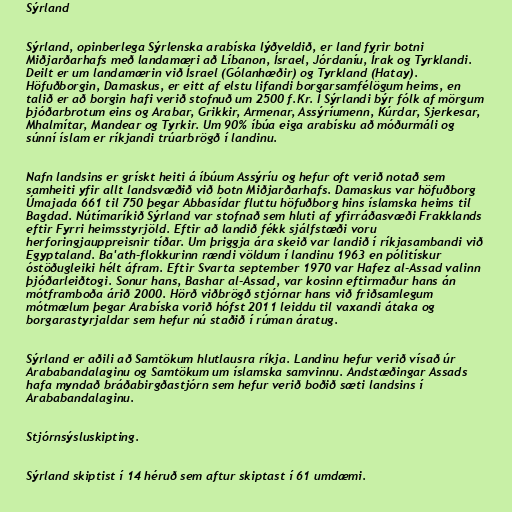
Sýrland

Sýrland, opinberlega Sýrlenska arabíska lýðveldið, er land fyrir botni
Miðjarðarhafs með landamæri að Líbanon, Ísrael, Jórdaníu, Írak og Tyrklandi.
Deilt er um landamærin við Ísrael (Gólanhæðir) og Tyrkland (Hatay).
Höfuðborgin, Damaskus, er eitt af elstu lifandi borgarsamfélögum heims, en
talið er að borgin hafi verið stofnuð um 2500 f.Kr. Í Sýrlandi býr fólk af mörgum
þjóðarbrotum eins og Arabar, Grikkir, Armenar, Assýríumenn, Kúrdar, Sjerkesar,
Mhalmítar, Mandear og Tyrkir. Um 90% íbúa eiga arabísku að móðurmáli og
súnní íslam er ríkjandi trúarbrögð í landinu.

Nafn landsins er grískt heiti á íbúum Assýríu og hefur oft verið notað sem
samheiti yfir allt landsvæðið við botn Miðjarðarhafs. Damaskus var höfuðborg
Úmajada 661 til 750 þegar Abbasídar fluttu höfuðborg hins íslamska heims til
Bagdad. Nútímaríkið Sýrland var stofnað sem hluti af yfirráðasvæði Frakklands
eftir Fyrri heimsstyrjöld. Eftir að landið fékk sjálfstæði voru
herforingjauppreisnir tíðar. Um þriggja ára skeið var landið í ríkjasambandi við
Egyptaland. Ba'ath-flokkurinn rændi völdum í landinu 1963 en pólitískur
óstöðugleiki hélt áfram. Eftir Svarta september 1970 var Hafez al-Assad valinn
þjóðarleiðtogi. Sonur hans, Bashar al-Assad, var kosinn eftirmaður hans án
mótframboða árið 2000. Hörð viðbrögð stjórnar hans við friðsamlegum
mótmælum þegar Arabíska vorið hófst 2011 leiddu til vaxandi átaka og
borgarastyrjaldar sem hefur nú staðið í rúman áratug.

Sýrland er aðili að Samtökum hlutlausra ríkja. Landinu hefur verið vísað úr
Arababandalaginu og Samtökum um íslamska samvinnu. Andstæðingar Assads
hafa myndað bráðabirgðastjórn sem hefur verið boðið sæti landsins í
Arababandalaginu.

Stjórnsýsluskipting.

Sýrland skiptist í 14 héruð sem aftur skiptast í 61 umdæmi.